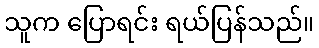
သူက ပြောရင်း ရယ်ပြန်သည်။